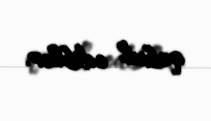
qəbul ediblər.